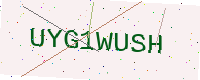
Text: UYG1WUSH